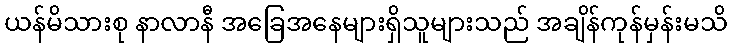
ယန်မိသားစု နာလာနီ အခြေအနေများရှိသူများသည် အချိန်ကုန်မှန်းမသိ